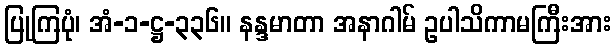
ပြုကြပုံ၊ အံ-၁-ဋ္ဌ-၃၃၆။ နန္ဒမာတာ အနာဂါမ် ဥပါသိကာမကြီးအား